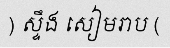
) ស្ទឹង សៀមរាប (